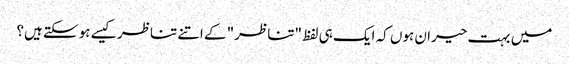
میں بہت حیران ہوں کہ ایک ہی لفظ "تناظر" کے اتنے تناظر کیسے ہوسکتے ہیں؟